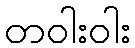
တဝါးဝါး